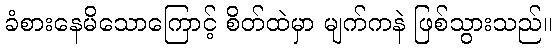
ခံစားနေမိသောကြောင့် စိတ်ထဲမှာ မျက်ကနဲ ဖြစ်သွားသည်။